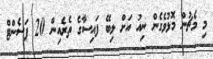
މި މެޗުން މޮޅުވެގެން ނިއު އަށް ލިބޭ ފައިސާގެ ތެރެއިން 20 ޕަސެންޓް